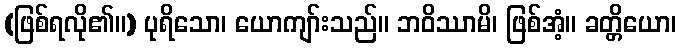
(ဖြစ်ရလို၏။) ပုရိသော၊ ယောကျာ်းသည်။ ဘဝိဿာမိ၊ ဖြစ်အံ့။ ခတ္တိယော၊